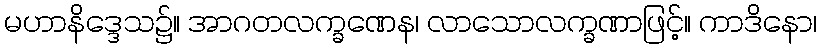
မဟာနိဒ္ဒေသ၌။ အာဂတလက္ခဏေန၊ လာသောလက္ခဏာဖြင့်။ ကာဒိနော၊